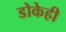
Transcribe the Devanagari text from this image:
डोकेही